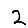
Digit: 2